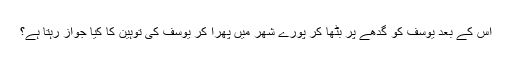
اس کے بعد یوسف کو گدھے پر بٹھا کر پورے شھر میں پھرا کر یوسف کی توہین کا کیا جواز رہتا ہے؟